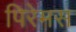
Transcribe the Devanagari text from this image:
पिरेमस